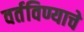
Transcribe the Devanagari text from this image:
वर्तविण्याचे